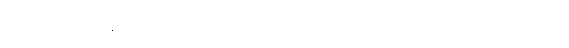
ဃာနေနပိ၊ ဃာနပသာဒဖြင့်လည်း။ ဖောဋ္ဌဗ္ဗံယေဝ၊ တွေ့ထိဖွယ်ကိုပင်လျှင်။ ဖုသိတဗ္ဗံ၊